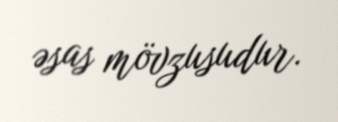
əsas mövzusudur.